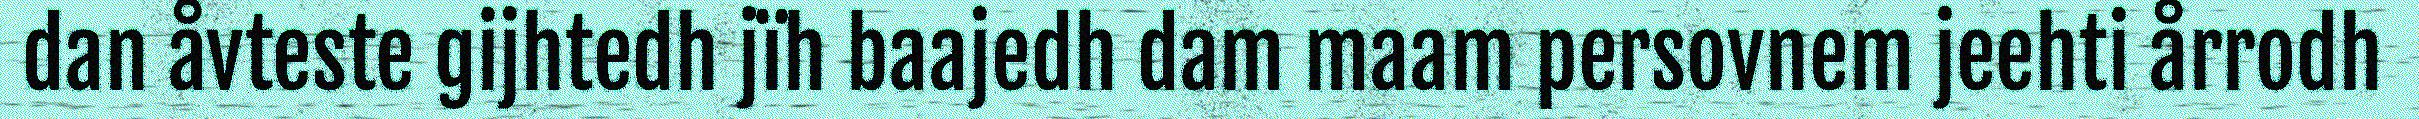
dan åvteste gijhtedh jïh baajedh dam maam persovnem jeehti årrodh